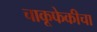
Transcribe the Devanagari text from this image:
चाकूफेकीचा